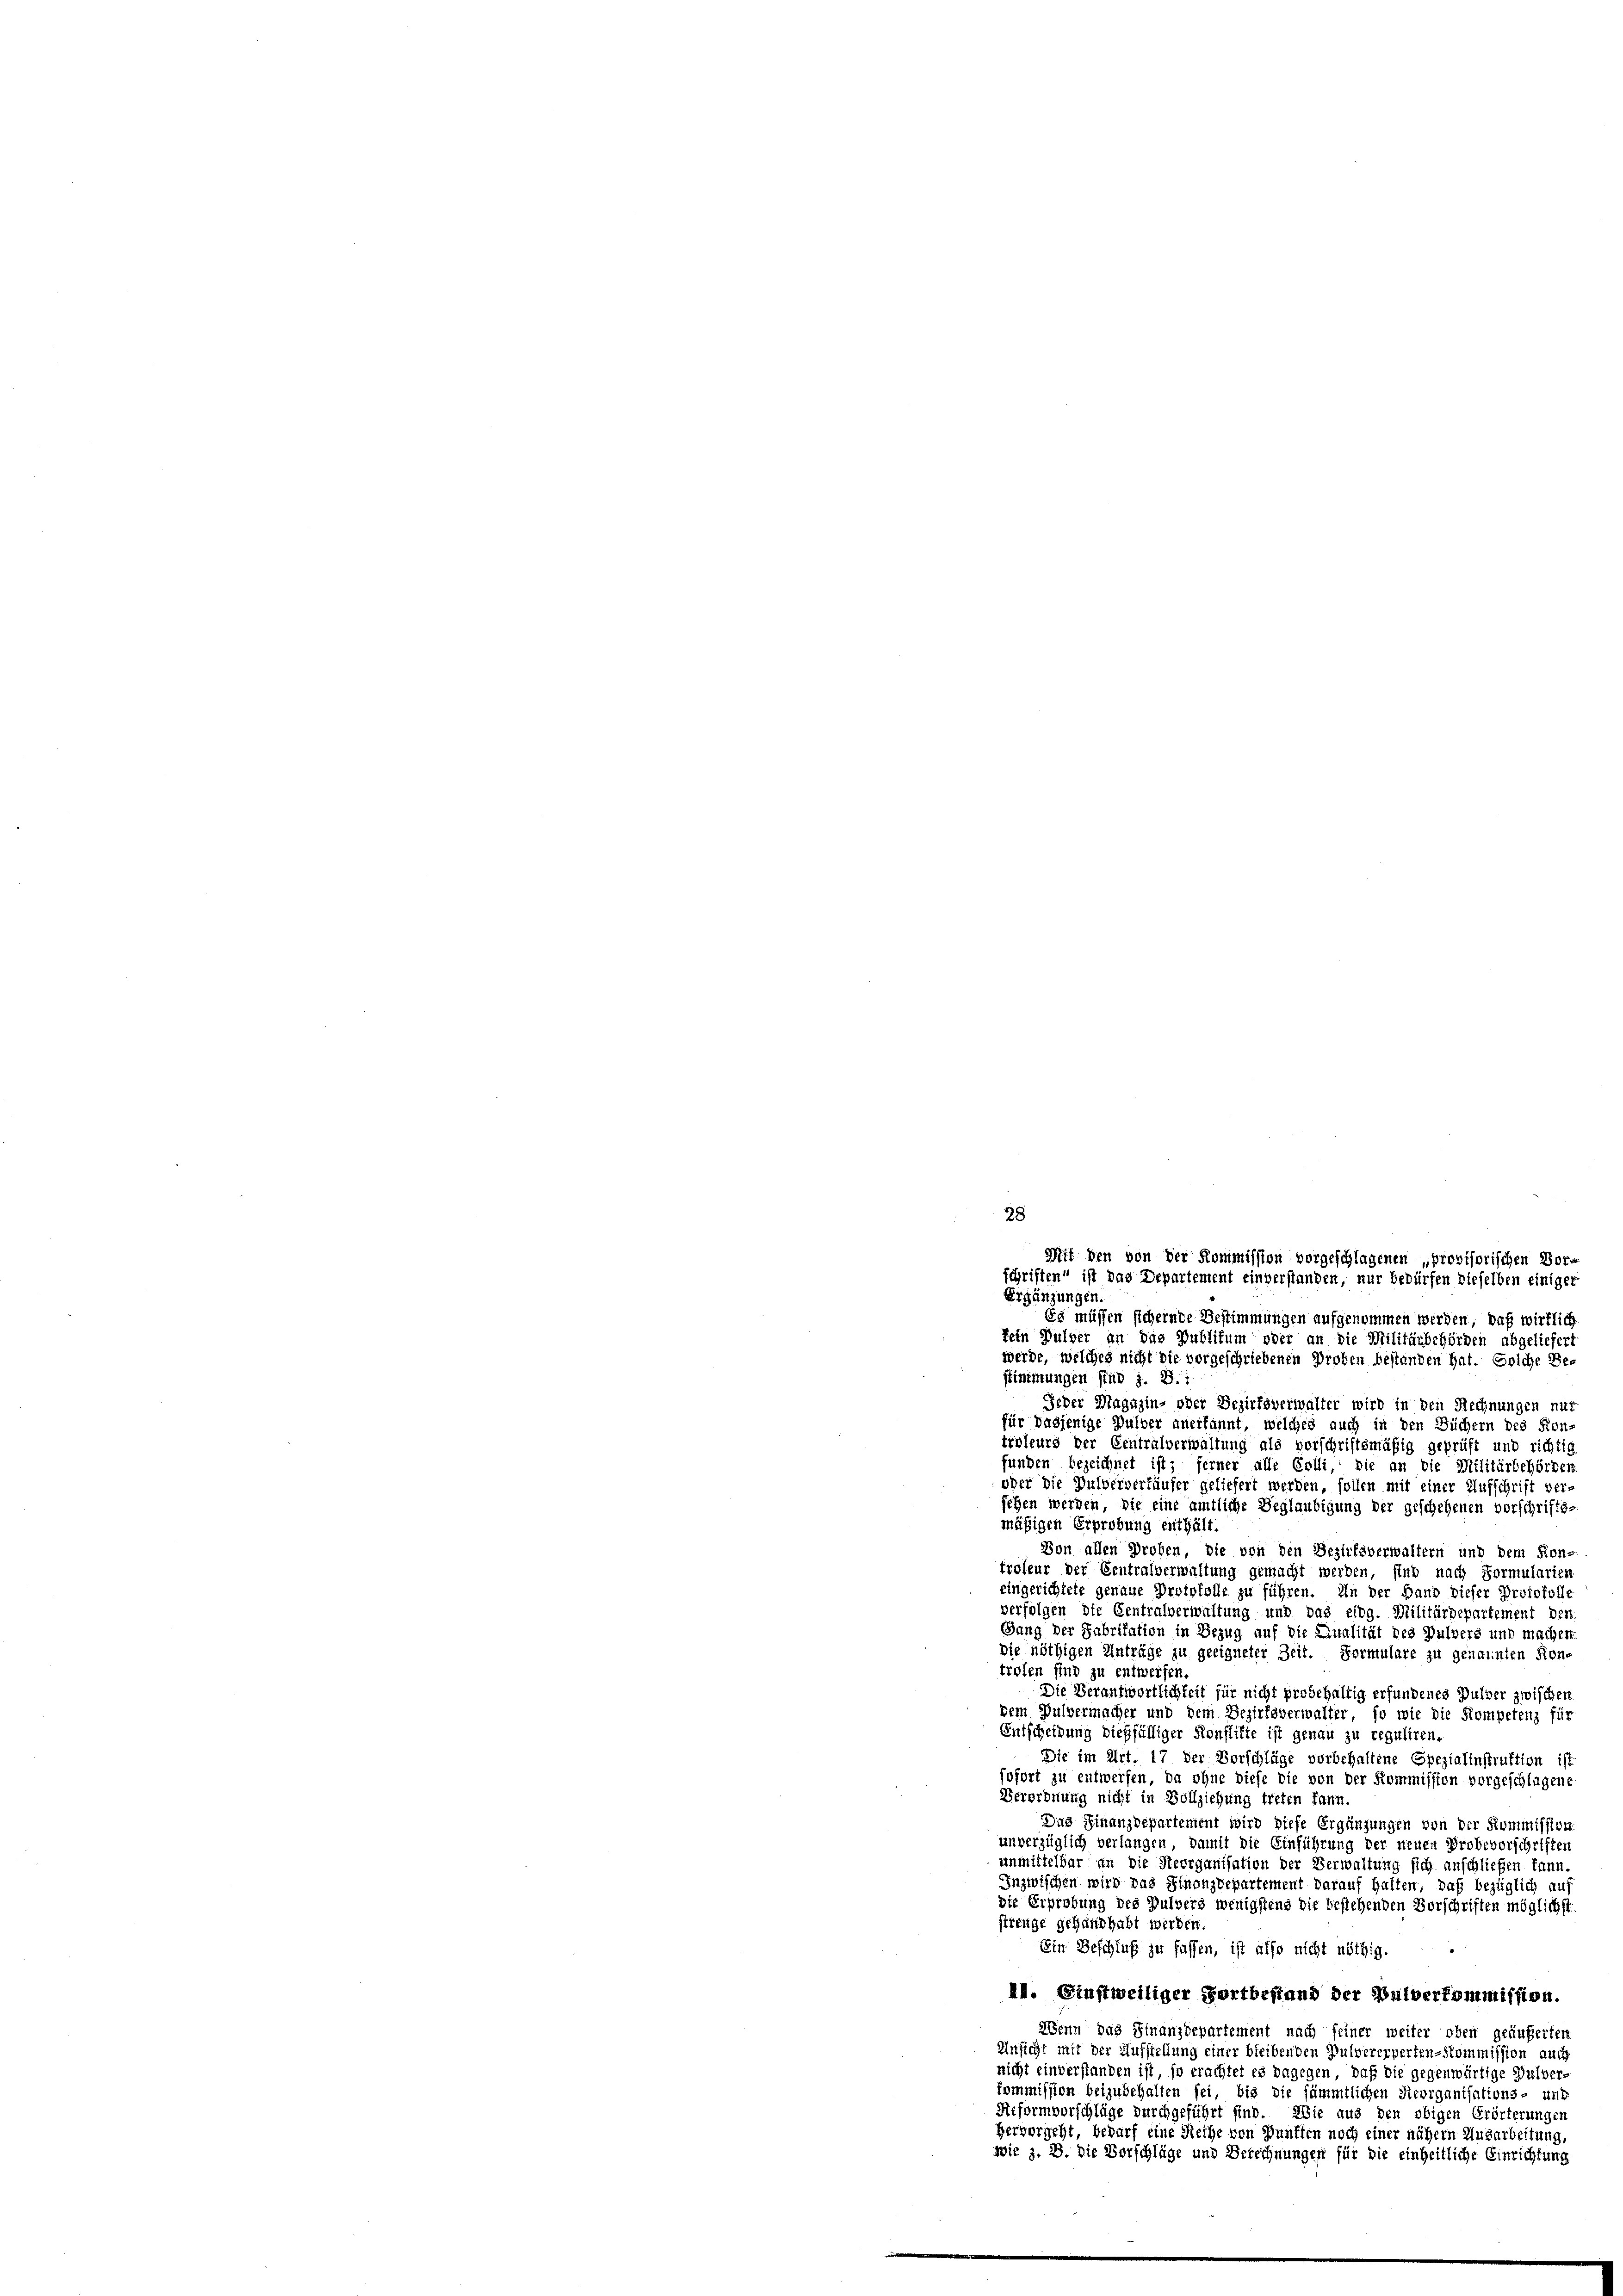
werde, welches nicht die vorgeschriebenen Proben bestanden hat. Eiche Be-
stinimungen sind z. B.:
Jeder Magazin- oder Bezirksverwalter wird in den Rechnungen nur
für dasjenige Pulver anerkannt, welches auch in den Büchern des Kon-
troleurs der Centralverwaltung als vorschriftsmäßig geprüft und richtig
funden bezeichnet ist; ferner alle Colli, die an die Militärbehörden
oder die Pulververkäufer geliefert werden, sollen mit einer Aufschrift ver-
sehen werden, die eine amtliche Beglaubigung der geschehenen vorschrifts-
mäßigen Erprobung enthält
Von allen Proben, die von den Bezirksverwaltern und dem Kon-
troleur der Centralverwaltung gemacht werden, sind nach Formularien
eingerichtete genaue Protokolle zu führen. In der Hand dieser Protokolle
verfolgen die Centralverwaltung und das eidg. Militärdepartement den
Gang der Fabrikation in Bezug auf die Qualität des Pulvers und machen
die nöthigen Anträge zu geeigneter Zeit. Formulare zu genannten Kon-
trofen sind zu entwerfen.
Die Verantwortlichkeit für nicht probehaltig erfundenes Pulver zwischen
dem Pulvermacher und dem Bezirksverwalter, so wie die Kompetenz für
Entscheidung dießfälliger Konstifte ist genau zu reguliren.
Die im Art. 17 der Vorschläge vorbehaltene Spezialinstruktion ist
sofort zu entwerfen, da ohne diese die von der Kommission vorgeschlagene
Verordnung nicht in Vollziehung treten kann
Das Finanzdepartement wird diese Ergänzungen von der Kommission.
unverzüglich verlangen, damit die Einführung der neuen Probevorschriften
unmittelbar an die Steorganisation der Verwaltung sich anschließen kann.
Inzwischen wird das Finanzdepartement darauf halten, daß bezüglich auf
die Erprebung des Pulvers wenigstens die bestehenden Vorschriften möglichst
strenge gehandhabt werden.
Ein Beschluß zu fassen, ist also nicht nöthig.
II. Einstweiliger Fortbestand der Dulverkommission.
Wenn das Finanzdepartement nach seiner weiter oben geäuferten
Unsicht mit der Aufstellung einer bleibenden Pulvererperten-Kommission auch
nicht einverstanden ist, so erachtet es dagegen, daß die gegenwärtige Pulver-
kommission beizubehalten sei, bis die sämmtlichen Reorganisations- und
Reformvorschläge durchgeführt sind. Wie aus den obigen Erörterungen
Hervorgeht, bedarf eine Reihe von Zünften noch einer nähern Ausarbeitung,
wie z. B. Die Vorschläge und Berechnungen für die einheitliche Einrichtung

28
Mit den von der Kommission vorgeschlagenen „provisorischen Vorschriften“ ist das Departement einverstanden, nur bedürfen dieselben einiger
Ergänzungen.
Es müssen sichernte Bestimmungen aufgenommen werden, daß wirklich
fein Gulder an das Publikum oder an die Militärbehörden abgeliefert